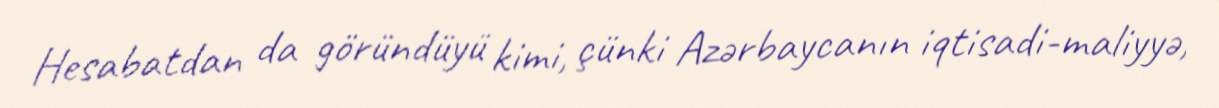
Hesabatdan da göründüyü kimi, çünki Azərbaycanın iqtisadi-maliyyə,